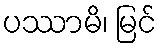
ပဿာမိ၊ မြင်